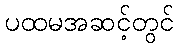
ပထမအဆင့်တွင်